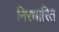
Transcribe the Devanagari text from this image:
निरधारित